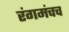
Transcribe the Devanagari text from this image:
रंगमंचच